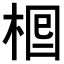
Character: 𣒪